On a parasite found in the white corpuscles of the blood of dogs - Number 14
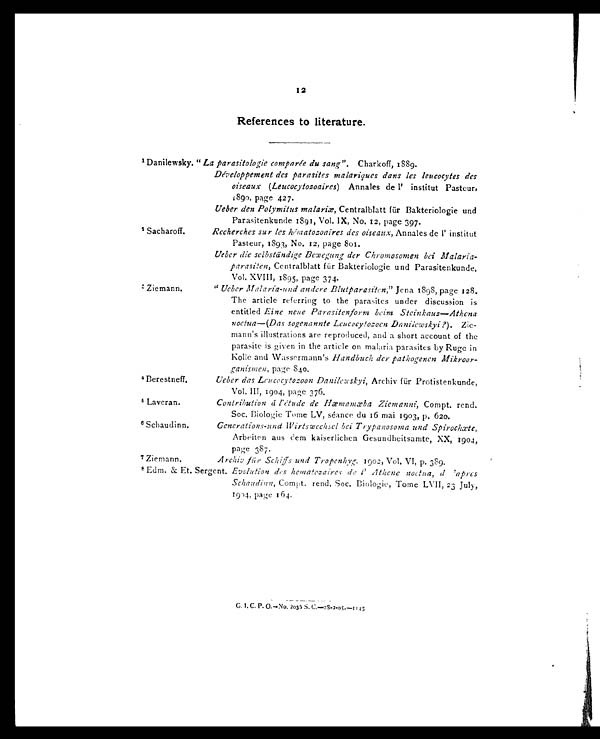
12
References to literature.
1 Danilewsky. " La parasitologic comparée du sang". Charkoff, 1889.
Développement des parasites malariques dans les leucocytes des
oiseaux ( Leucocytozoaires ) Annales de l' institut Pasteur,
1 8 9 0 , p a g e 4 2 7 .
Ueber den Polymitus malariæ, Centralblatt für Bakteriologic und
Parasitenkunde 1891, Vol. IX, No. 12, page 397.
2 Sacharoff.
Recherches sur les hématozoaires des oiseaux, Annales de l' institut
Pasteur, 1893, No. 12, page 801.
Ueber die selbständige Bewegung der Chromosomen bei Malaria-
parasiten, Centralblatt für Bakteriologie und Parasitenkunde,
Vol. XVIII, 1895, page 374.
3 Ziemann.
" Ueber Malaria-und andere Blutparasiten," Jena 1898, page 128.
The article referring to the parasites under discussion is
entitled Eine neue Parasitenform beim Steinkauz—Athena
noctua —( Das sogenannte Leucocytozoen Danilewskyi? ). Zie-
mann's illustrations are reproduced, and a short account of the
parasite is given in the article on malaria parasites by Ruge in
Kolle and Wassermann's Handbuch der pathogenen Mikroor-
ganismen, page 840.
4 Berestneff.
Ueber das Leucocytozoon Danilewskyi, Archiv für Protistenkunde,
Vol. III, 1904, page 376.
5 Laveran.
Contribution á l'étude de Hæmamæba Ziemanni, Compt. rend.
Soc. Biologie Tome LV, séance du 16 mai 1903, p. 620.
6 Schaudinn.
Generations-und Wirtswechsel bei Trypanosoma und Spirochæte,
Arbeiten aus dem kaiserlichen Gesundheitsamte, XX, 1904,
page 387.
7 Ziemann.
Archiv für Schiffs und Tropenhyg.1902, Vol. VI, p. 389.
8 Edm. & Et. Sergent. Evolution des hematezaires de l' Athene noctua, d 'apres
Schaudinn, Compt. rend. Soc. Biologic, Tome LVII, 23 July,
1904, page 164.
G. I. C. P. O.—No. 2035 S. C.—28-2-05.—1145